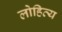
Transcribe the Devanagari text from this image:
लोहित्य